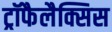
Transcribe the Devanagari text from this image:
ट्रॉफैलैक्सिस